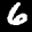
Label: 6